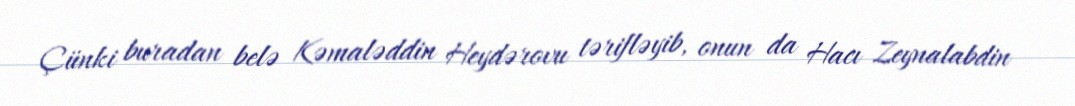
Çünki buradan belə Kəmaləddin Heydərovu tərifləyib, onun da Hacı Zeynalabdin